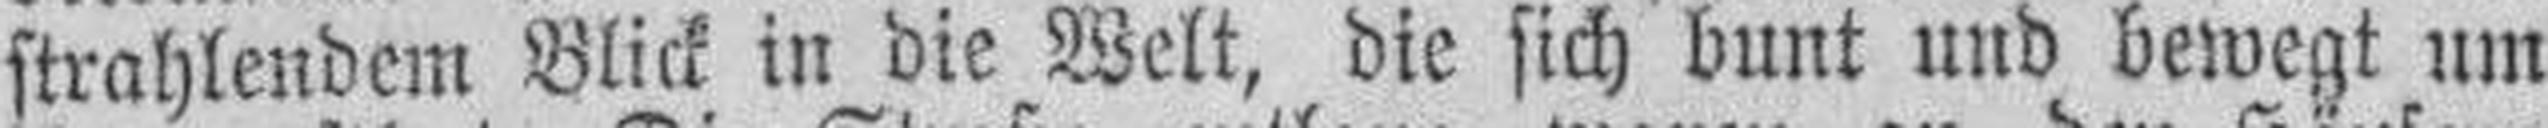
strahlendem Blick in die Welt, die sich bunt und bewegt um